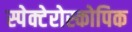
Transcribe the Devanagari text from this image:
स्पेक्टेरोस्कोपिक